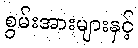
စွမ်းအားများနှင့်